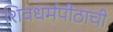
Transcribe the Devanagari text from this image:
शिवधर्मपीठाची